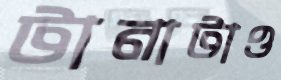
টানাটাও